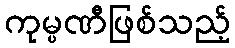
ကုမ္ပဏီဖြစ်သည့်